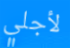
لأجلي